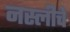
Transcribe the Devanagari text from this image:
नस्लीचे